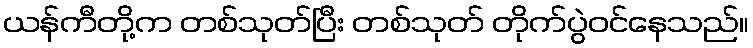
ယန်ကီတို့က တစ်သုတ်ပြီး တစ်သုတ် တိုက်ပွဲဝင်နေသည်။